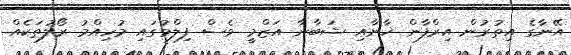
އޭނާގެ އިތުރުން އިރްފާން ޚާނާއި ޝަބާނާ އަޒްމީ ވެސް ފިލްމުގައި މުހިއްމު ރޯލުތަކެއް